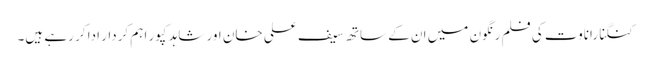
کنگنا راناوت کی فلم رنگون میں ان کے ساتھ سیف علی خان اور شاہد کپور اہم کردار ادا کر رہے ہیں۔